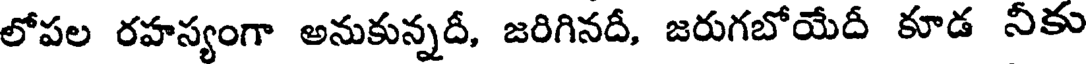
లోపల రహస్యంగా అనుకున్నదీ, జరిగినదీ, జరుగబోయేదీ కూడ నీకు